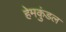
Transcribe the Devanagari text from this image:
हेमकुंडल